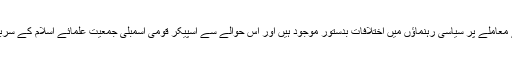
دوسری جانب مذہبی دہشت گردی کے الفاظ کے معاملے پر سیاسی رہنماؤں میں اختلافات بدستور موجود ہیں اور اس حوالے سے اسپیکر قومی اسمبلی جمعیت علمائے اسلام کے سربراہ مولانا فضل الرحمان سے ملاقات کریں گے۔